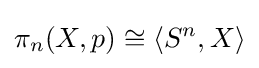
\pi _{n}(X,p)\cong \langle S^{n},X\rangle